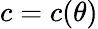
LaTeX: c=c({\theta})